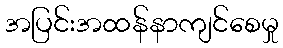
အပြင်းအထန်နာကျင်စေမှု